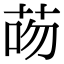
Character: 㖴